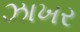
ઝાખર